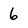
Character: 6